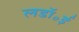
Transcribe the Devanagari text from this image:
लडॉ॰ई